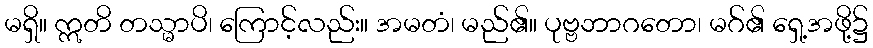
မရှိ။ ဣတိ တသ္မာပိ၊ ကြောင့်လည်း။ အမတံ၊ မည်၏။ ပုဗ္ဗဘာဂတော၊ မဂ်၏ ရှေ့အဖို့၌